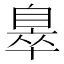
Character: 𦤖